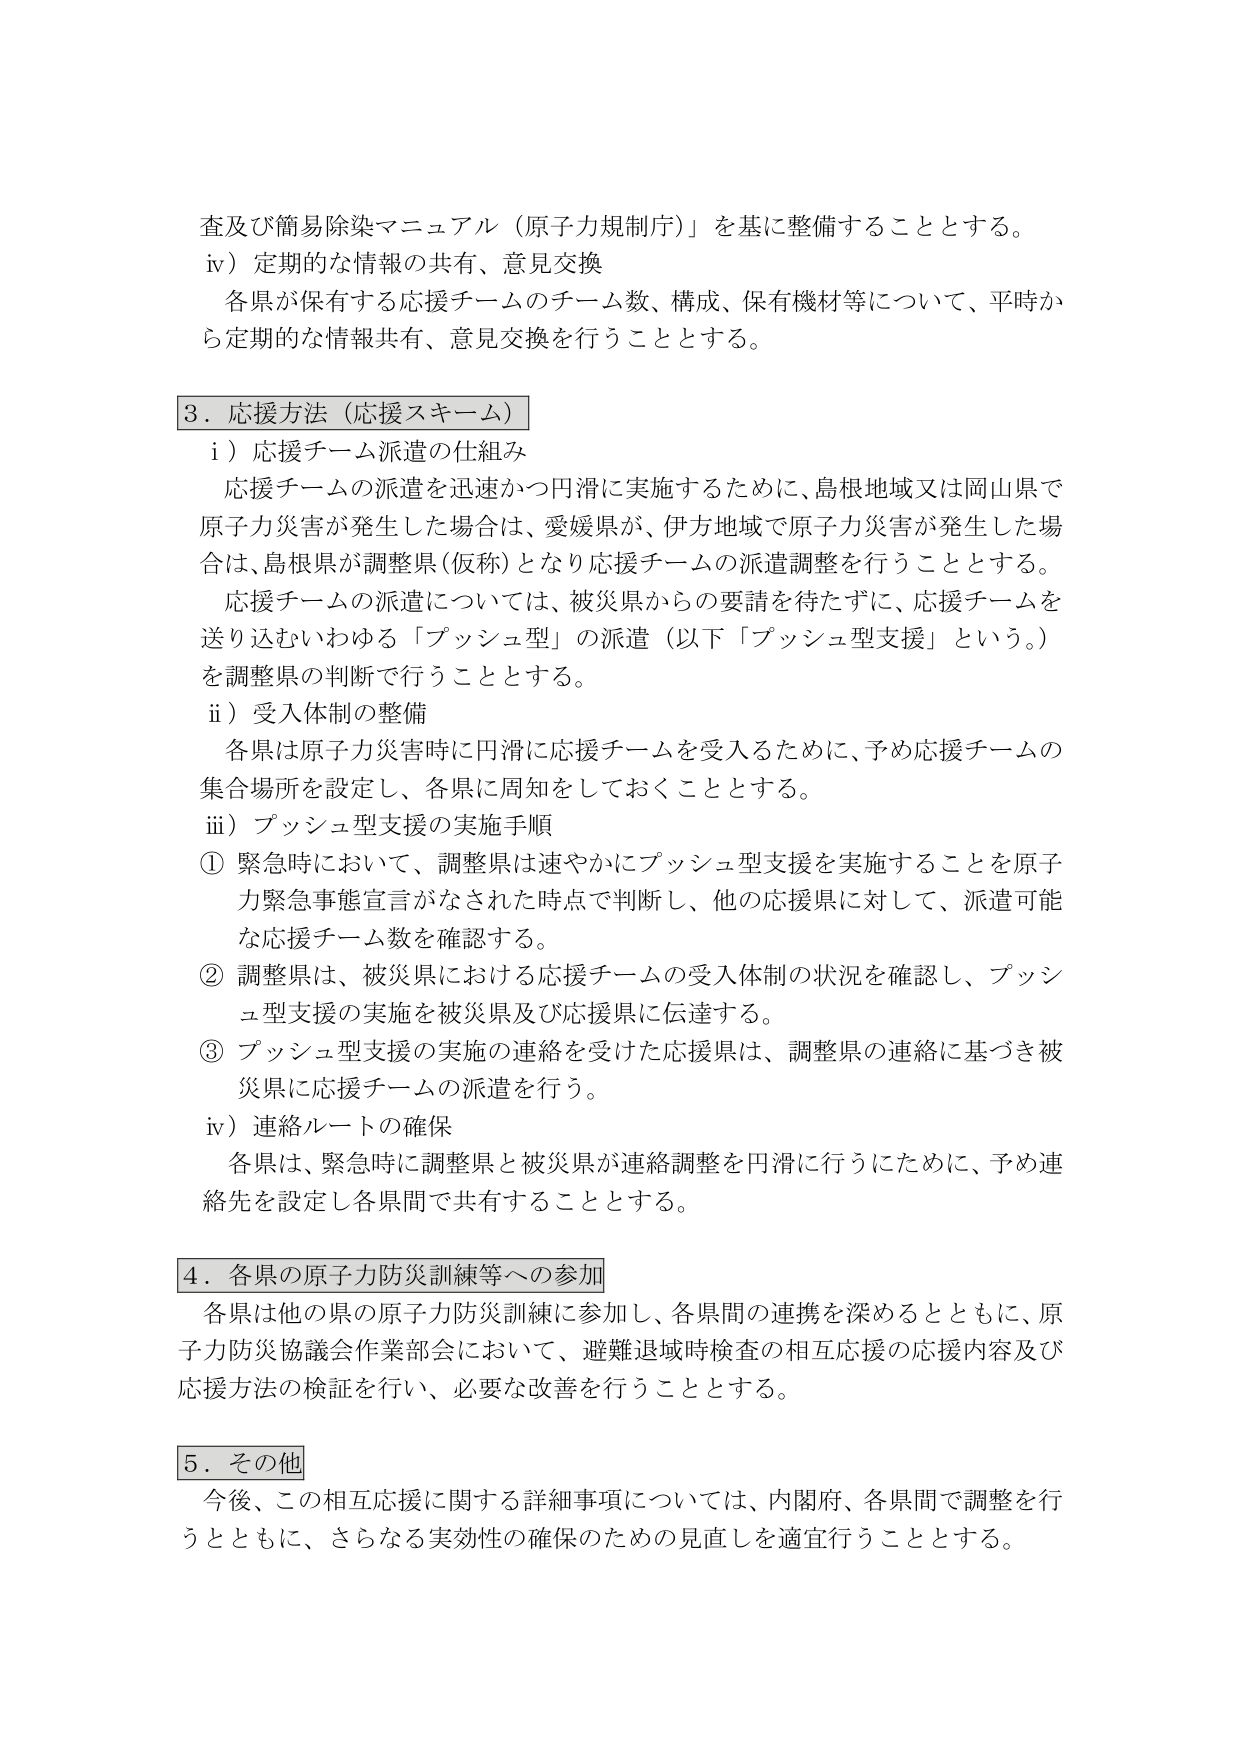
査及び簡易除染マニュアル（原子力規制庁）」を基に整備することとする。
iv）定期的な情報の共有、意見交換
　各県が保有する応援チームのチーム数、構成、保有機材等について、平時から定期的な情報共有、意見交換を行うこととする。

3．応援方法（応援スキーム）
　i）応援チーム派遣の仕組み
　　応援チームの派遣を迅速かつ円滑に実施するために、島根地域又は岡山県で原子力災害が発生した場合は、愛媛県が、伊方地域で原子力災害が発生した場合は、島根県が調整県（仮称）となり応援チームの派遣調整を行うこととする。
　　応援チームの派遣については、被災県からの要請を待たずに、応援チームを送り込むいわゆる「プッシュ型」の派遣（以下「プッシュ型支援」という。）を調整県の判断で行うこととする。
　ii）受入体制の整備
　　各県は原子力災害時に円滑に応援チームを受入るために、予め応援チームの集合場所を設定し、各県に周知をしておくこととする。
　iii）プッシュ型支援の実施手順
　　① 緊急時において、調整県は速やかにプッシュ型支援を実施することを原子力緊急事態宣言がなされた時点で判断し、他の応援県に対して、派遣可能な応援チーム数を確認する。
　　② 調整県は、被災県における応援チームの受入体制の状況を確認し、プッシュ型支援の実施を被災県及び応援県に伝達する。
　　③ プッシュ型支援の実施の連絡を受けた応援県は、調整県の連絡に基づき被災県に応援チームの派遣を行う。
　iv）連絡ルートの確保
　　各県は、緊急時に調整県と被災県が連絡調整を円滑に行うために、予め連絡先を設定し各県間で共有することとする。

4．各県の原子力防災訓練等への参加
　各県は他の県の原子力防災訓練に参加し、各県間の連携を深めるとともに、原子力防災協議会作業部会において、避難退域時検査の相互応援の応援内容及び応援方法の検証を行い、必要な改善を行うこととする。

5．その他
　今後、この相互応援に関する詳細事項については、内閣府、各県間で調整を行うとともに、さらなる実効性の確保のための見直しを適宜行うこととする。